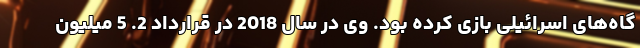
گاه‌های اسرائیلی بازی کرده بود. وی در سال 2018 در قرارداد 2. 5 میلیون